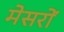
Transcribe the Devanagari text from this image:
मेसरों